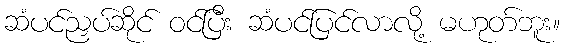
ဆံပင်ညှပ်ဆိုင် ဝင်ပြီး ဆံပင်ပြင်လာလို့ မဟုတ်ဘူး။